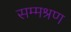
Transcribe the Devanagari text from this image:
सम्मश्रण